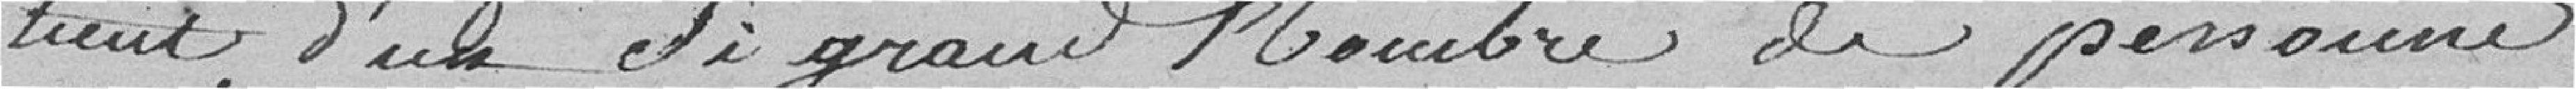
tient d'un si grand nombre de personnes